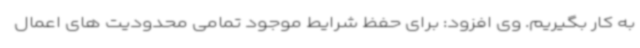
به کار بگیریم. وی افزود: برای حفظ شرایط موجود تمامی محدودیت های اعمال